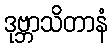
ဒုဗ္ဘာသိတာနံ